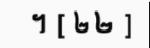
។ [ ២២ ]